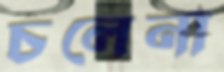
চলেনা